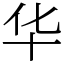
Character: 华